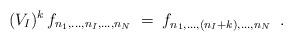
LaTeX: \begin{align*}(V_I)^k \, f_{n_1,\ldots,n_I,\ldots,n_N} \;=\; f_{n_1,\ldots,(n_I+k),\ldots,n_N} \;\;.\end{align*}